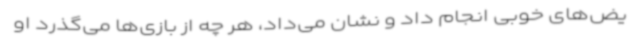
یض‌های خوبی انجام داد و نشان می‌داد، هر چه از بازی‌ها می‌گذرد او